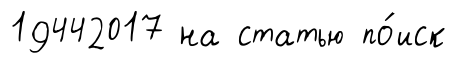
19442017 на статью по́иск